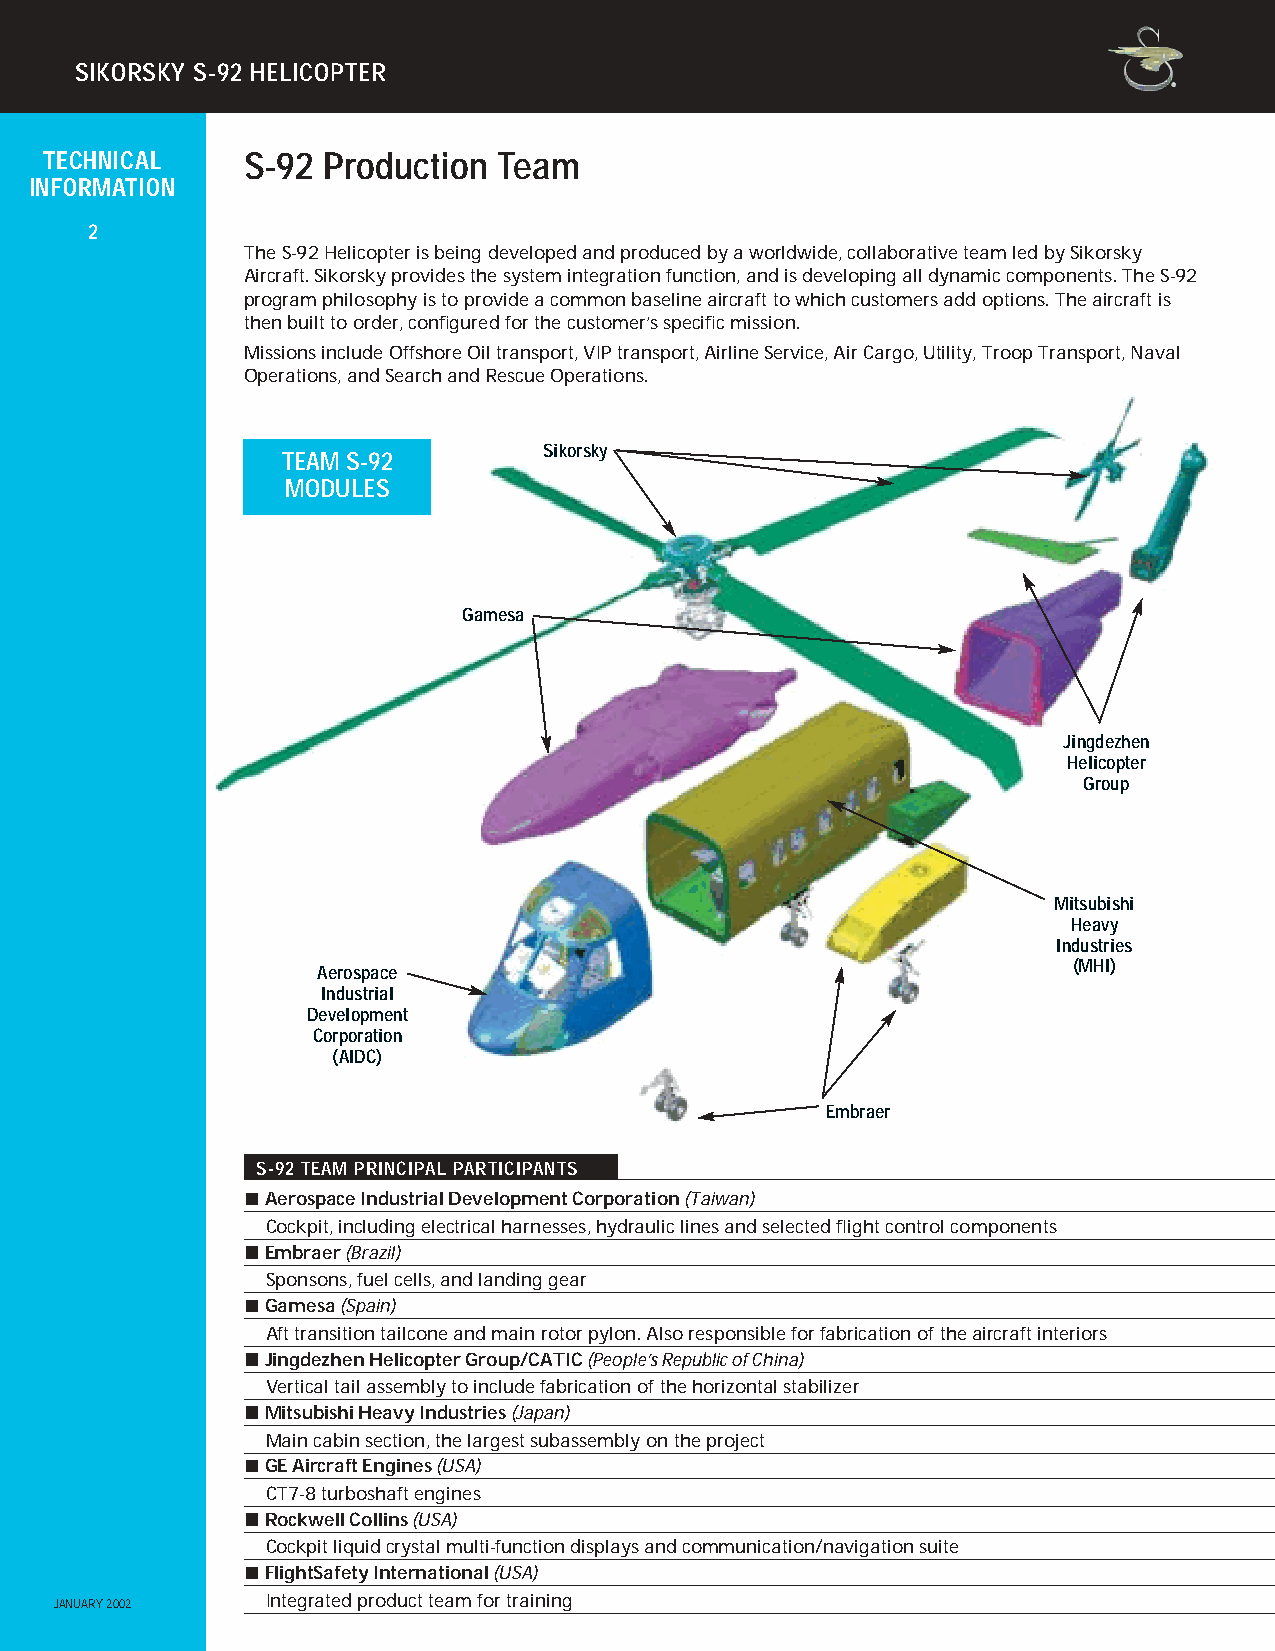
SIKORSKY S-92 HELICOPTER
 TECHNICAL    S-92 Production  Team
 INFORMATION
 2
 The S-92 Helicopter is being developed and produced by a worldwide, collaborative team led by Sikorsky
 Aircraft. Sikorsky provides the system integration function, and is developing all dynamic components. The S-92
 program philosophy is to provide a common baseline aircraft to which customers add options. The aircraft is
 then built to order, configured for the customer’s specific mission.
 Missions include Offshore Oil transport, VIP transport, Airline Service, Air Cargo, Utility, Troop Transport, Naval
 Operations, and Search and Rescue Operations.
 Sikorsky
 TEAM S-92
 MODULES
 Gamesa
 Jingdezhen
 Helicopter
 Group
 Mitsubishi
 Heavy
 Industries
 (MHI)
 Aerospace
 Industrial
 Development
 Corporation
 (AIDC)
 Embraer
 S-92 TEAM PRINCIPAL PARTICIPANTS
 Aerospace Industrial Development Corporation (Taiwan)
 Cockpit, including electrical harnesses, hydraulic lines and selected flight control components
 Embraer (Brazil)
 Sponsons, fuel cells, and landing gear
 Gamesa (Spain)
 Aft transition tailcone and main rotor pylon. Also responsible for fabrication of the aircraft interiors
 Jingdezhen Helicopter Group/CATIC (People’s Republic of China)
 Vertical tail assembly to include fabrication of the horizontal stabilizer
 Mitsubishi Heavy Industries (Japan)
 Main cabin section, the largest subassembly on the project
 GE Aircraft Engines (USA)
 CT7-8 turboshaft engines
 Rockwell Collins (USA)
 Cockpit liquid crystal multi-function displays and communication/navigation suite
 FlightSafety International (USA)
 JANUARY 2002  Integrated product team for training